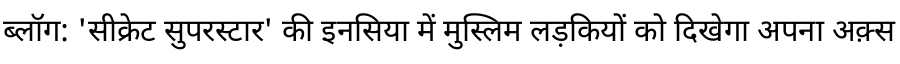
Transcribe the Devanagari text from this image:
ब्लॉग: 'सीक्रेट सुपरस्टार' की इनसिया में मुस्लिम लड़कियों को दिखेगा अपना अक़्स